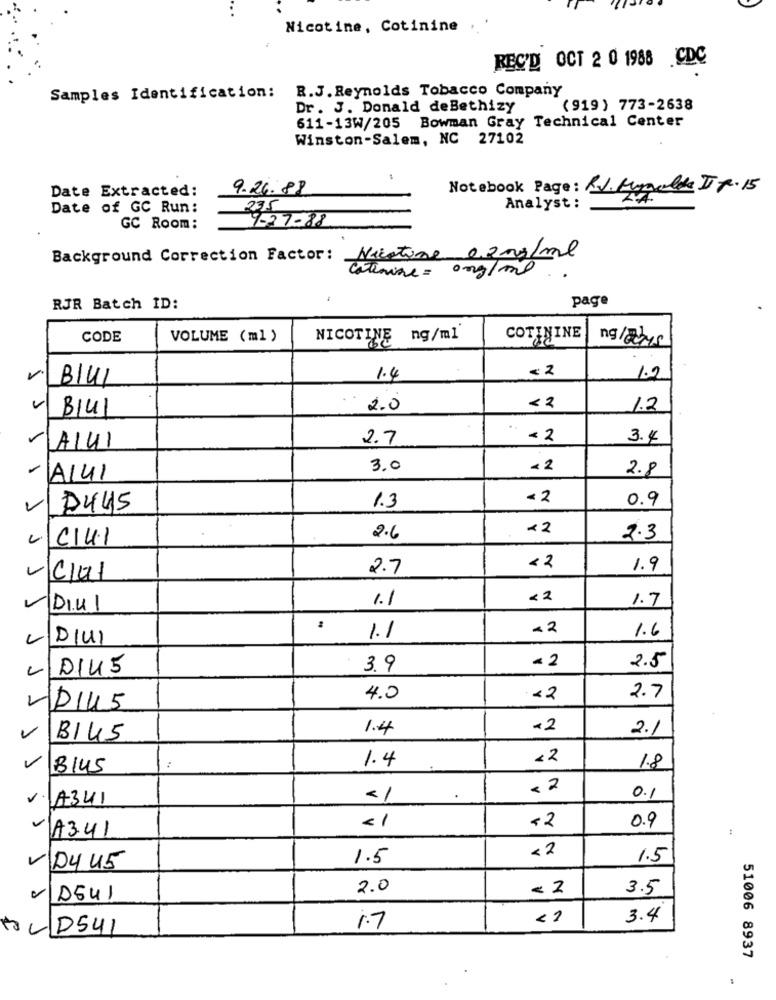
Nicotine, Cotinine
REC'D OCT 2 0 1988 CDC
R.J. Reynolds Tobacco Company
Samples Identification:
Dr. J. Donald deBethizy
(919) 773-2638
611-13W/205 Bowman Gray Technical Center
Winston-Salem, NC 27102
Date Extracted:
9.24.88
Notebook Page: KJ. Myaula IT 7.15
Date of GC Run:
235
Analyst :
9-27-88
GC Room:
Background Correction Factor: Nicotine 0.2 mg/ml
Catenine = 0mg/ml
page
RJR Batch ID:
CODE
VOLUME (ml)
NICOTINE ng/ml
COTININE
ngladys
<2
BluI
1.4
1.2
BIU1
2.0
<2
1.2
..
2.7
< 2
3.4
A14
3.0
42
2.8
-AI41
- 2
0.9
V
D445
1.3
<2
CUI
2.6
2.3
2.7
<2
1.9
CUI
1.1
<2
1.7
D.41
-2
1.6
DIUI
1.1
2.5
DIU5
3.9
- 2
4.0
<2
2.7
DI45
1.4
2.1
B145
V
1.4
<2
B145
1.8
< 2
0.1
V. A341
<1
0.9
A341
<1
<2
:
<2
1.5
1.5
VD445
2.0
< 2
3.5
VD541
3.4
HOLD541
1.7
51006 8937